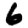
Digit: 6